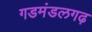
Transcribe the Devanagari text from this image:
गडमंडलगढ़